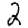
Digit: 2